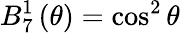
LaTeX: B_{7}^{1}\left(\theta\right)=\cos^{2}\theta